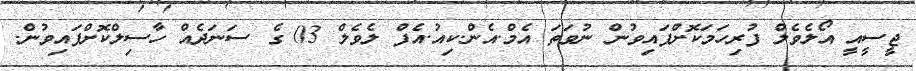
ޖީސީއީ އޯލެވެލް ފުރިހަމަކޮށްފައިވުން ނުވަތަ އެމް.އެން.ކިއު.އެފް ލެވެލް 03 ގެ ސަނަދެއް ހާސިލްކޮށްފައިވުން.